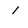
Character: 1